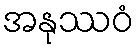
အနုဿဝံ